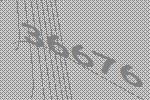
36676